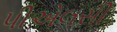
પીએલસી